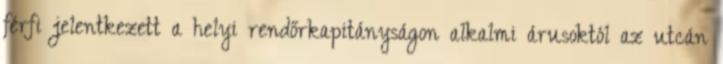
férfi jelentkezett a helyi rendőrkapitányságon alkalmi árusoktól az utcán